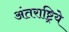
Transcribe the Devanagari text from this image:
अंतराष्ट्रिये